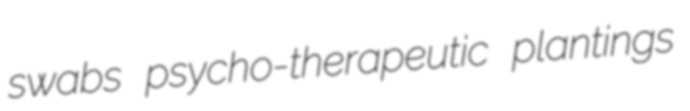
swabs psycho-therapeutic plantings